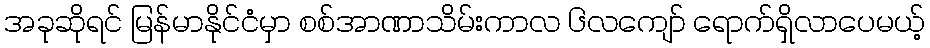
အခုဆိုရင် မြန်မာနိုင်ငံမှာ စစ်အာဏာသိမ်းကာလ ၆လကျော် ရောက်ရှိလာပေမယ့်